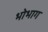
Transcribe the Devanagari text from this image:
भोभाग